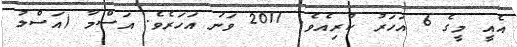
އެއީ މީގެ 6 އަހަރު ކުރިއެވެ. 2011 ވަނަ އަހަރެވެ. އަސްމާ (އަސްލު